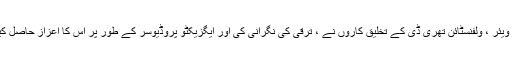
ID سافٹ ویئر ، ولفنسٹائن تھری ڈی کے تخلیق کاروں نے ، ترقی کی نگرانی کی اور ایگزیکٹو پروڈیوسر کے طور پر اس کا اعزاز حاصل کیا۔